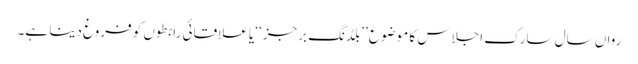
رواں سال سارک اجلاس کا موضوع ’’بلڈنگ برجز‘‘ یا علاقائی رابطوں کو فروغ دینا ہے۔